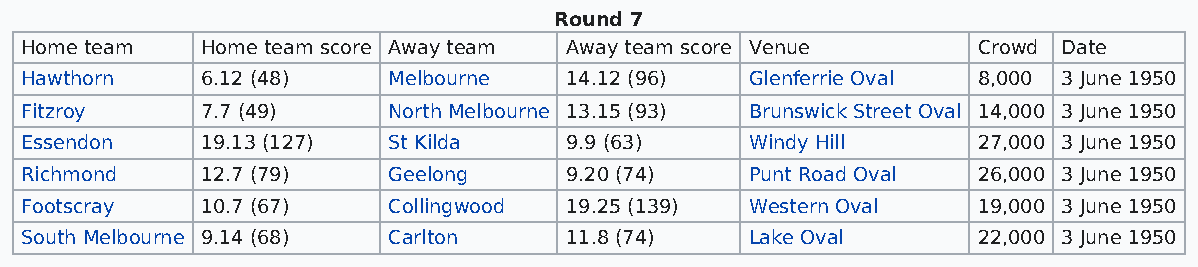
Round 7
 Home team   Home team score Away team Away team score Venue     Crowd Date
 Hawthorn    6.12 (48)    Melbourne  14.12 (96)   Glenferrie Oval 8,000 3 June 1950
 Fitzroy     7.7 (49)     North Melbourne 13.15 (93) Brunswick Street Oval 14,000 3 June 1950
 Essendon    19.13 (127)  St Kilda   9.9 (63)     Windy Hill     27,000 3 June 1950
 Richmond    12.7 (79)    Geelong    9.20 (74)    Punt Road Oval 26,000 3 June 1950
 Footscray   10.7 (67)    Collingwood 19.25 (139) Western Oval   19,000 3 June 1950
 South Melbourne 9.14 (68) Carlton   11.8 (74)    Lake Oval      22,000 3 June 1950